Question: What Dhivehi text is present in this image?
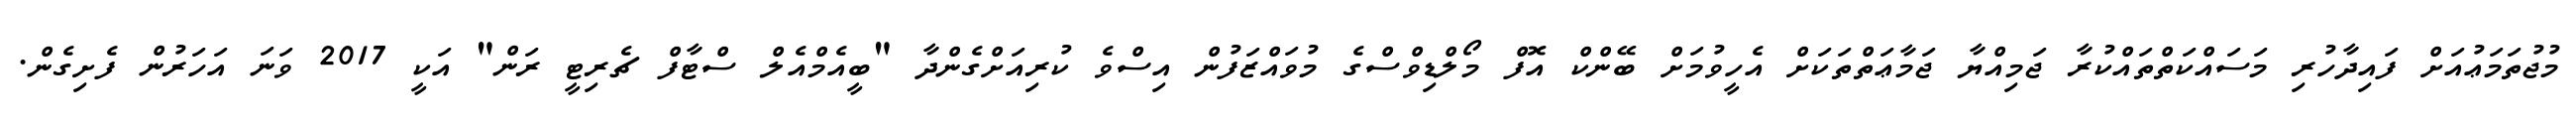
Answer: މުޖުތަމަޢުއަށް ފައިދާހުރި މަސައްކަތްތައްކުރާ ޖަމިއްޔާ ޖަމާޢަތްތަކަށް އެހީވުމަށް ބޭންކް އޮފް މޯލްޑިވްސްގެ މުވައްޒަފުން އިސްވެ ކުރިއަށްގެންދާ "ބީއެމްއެލް ސްޓާފް ޗެރިޓީ ރަން" އަކީ 2017 ވަނަ އަހަރުން ފެށިގެން.